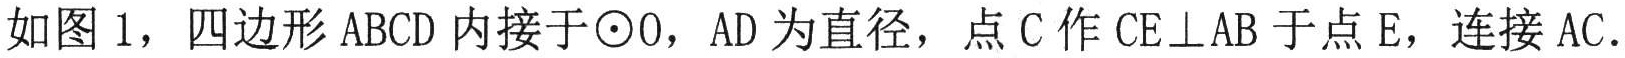
如图1，四边形\(ABCD\)内接于\(\odot O\)，\(AD\)为直径，点\(C\)作\(CE\perp AB\)于点\(E\)，连接\(AC\)．